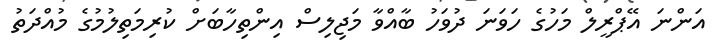
އަންނަ އޭޕްރީލް މަހުގެ ހަވަނަ ދުވަހު ބާއްވާ މަޖިލިސް އިންތިހާބަށް ކުރިމަތިލުމުގެ މުއްދަތު